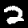
Label: 2